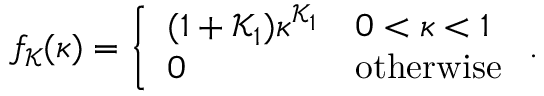
f _ { \mathcal { K } } ( \kappa ) = \left\{ \begin{array} { l l } { ( 1 + \mathcal { K } _ { 1 } ) \kappa ^ { \mathcal { K } _ { 1 } } } & { 0 < \kappa < 1 } \\ { 0 } & { \mathrm { o t h e r w i s e } } \end{array} \right. .